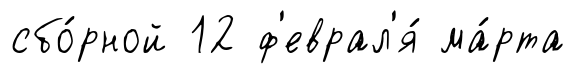
сбо́рной 12 ф'еврал'я́ ма́рта